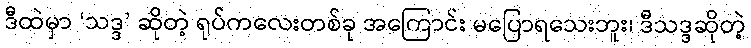
ဒီထဲမှာ ‘သဒ္ဒ’ ဆိုတဲ့ ရုပ်ကလေးတစ်ခု အကြောင်း မပြောရသေးဘူး၊ ဒီသဒ္ဒဆိုတဲ့